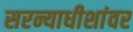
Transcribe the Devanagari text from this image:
सरन्याधीशांवर